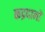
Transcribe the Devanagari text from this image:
कद्रदानों